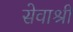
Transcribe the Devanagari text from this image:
सेवाश्री